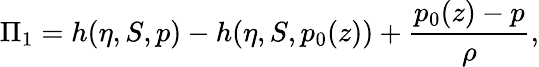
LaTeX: \Pi_{1}=h(\eta,S,p)-h(\eta,S,p_{0}(z))+\frac{p_{0}(z)-p}{\rho},